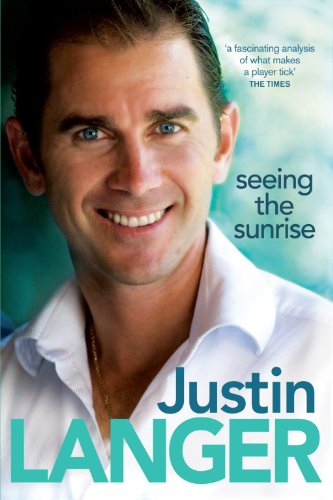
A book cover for Seeing the Sunrise; Justin Langer; Sports & Outdoors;